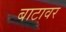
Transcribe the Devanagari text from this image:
बाटावर